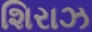
શિરાઝ